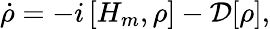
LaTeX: \dot{\rho}=-i\left[H_{m},\rho\right]-{\cal D}[\rho],